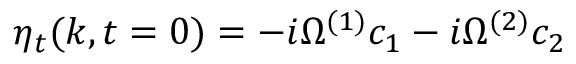
\eta _ { t } ( k , t = 0 ) = - i \Omega ^ { ( 1 ) } c _ { 1 } - i \Omega ^ { ( 2 ) } c _ { 2 }